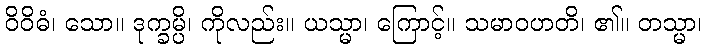
ဝိဝိဓံ၊ သော။ ဒုက္ခမ္ပိ၊ ကိုလည်း။ ယသ္မာ၊ ကြောင့်။ သမာဝဟတိ၊ ၏။ တသ္မာ၊